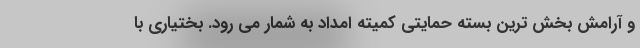
و آرامش بخش ترین بسته حمایتی کمیته امداد به شمار می رود. بختیاری با